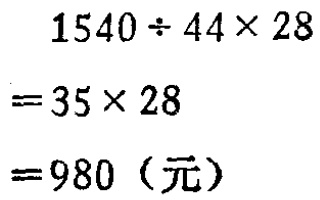
\[

\begin{align*}

1540\div44\times28&=35\times28\\

&=980（\text{元}）

\end{align*}

\]